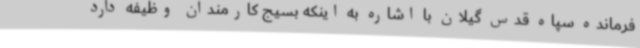
فرمانده سپاه قدس گیلان با اشاره به اینکه بسیج کارمندان وظیفه دارد